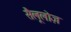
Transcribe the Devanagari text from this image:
सैलूलोज़